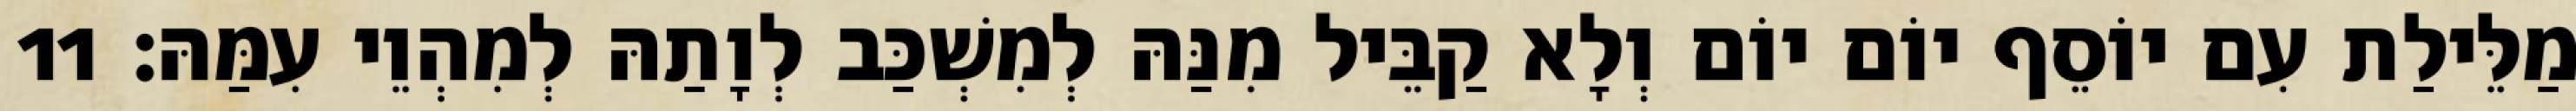
מַלֵּילַת עִם יוֹסֵף יוֹם יוֹם וְלָא קַבֵּיל מִנַּהּ לְמִשְׁכַּב לְוָתַהּ לְמִהְוֵי עִמַּהּ׃ 11